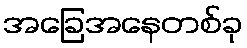
အခြေအနေတစ်ခု